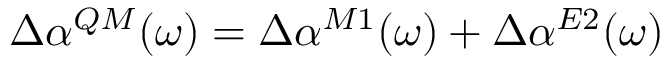
\Delta \alpha ^ { Q M } ( \omega ) = \Delta \alpha ^ { M 1 } ( \omega ) + \Delta \alpha ^ { E 2 } ( \omega )